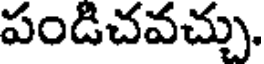
పండిచవచ్చు.